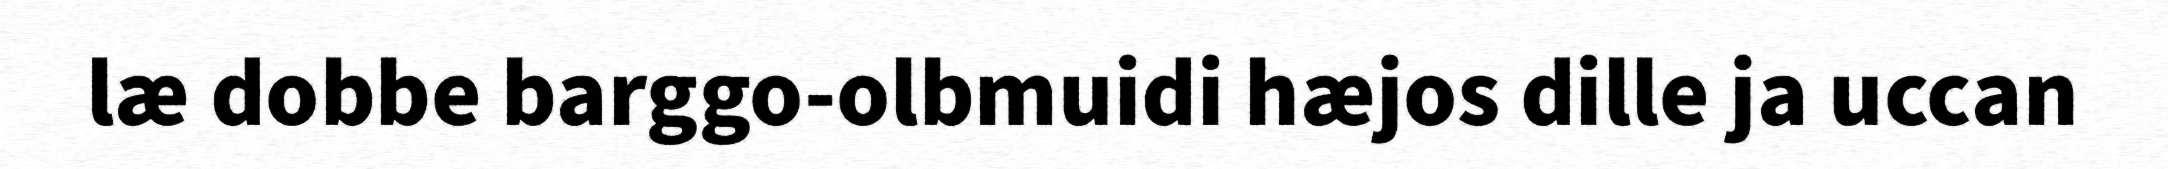
læ dobbe barggo-olbmuidi hæjos dille ja uccan